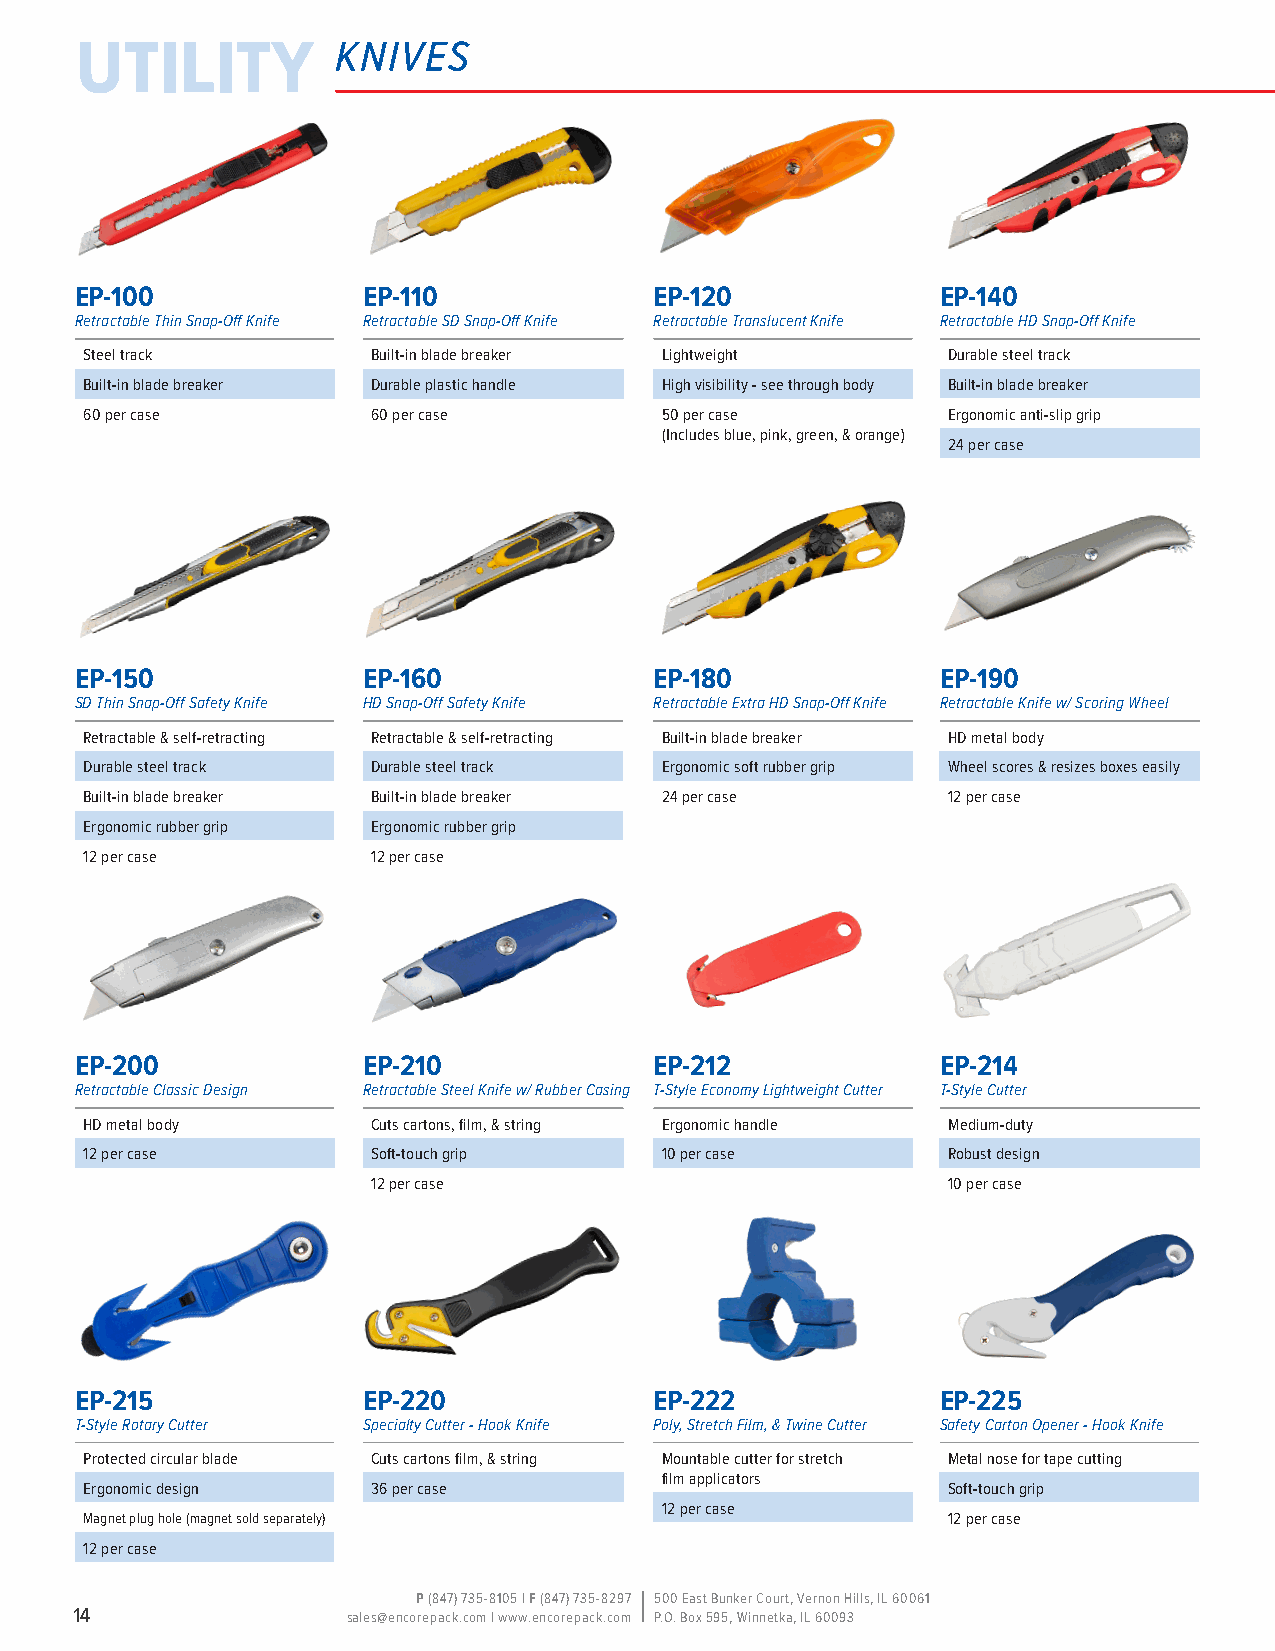
utility          knives
 EP-100             EP-110             EP-120             EP-140
 Retractable Thin Snap-Off Knife Retractable SD Snap-Off Knife Retractable Translucent Knife Retractable HD Snap-Off Knife
 Steel track        Built-in blade breaker Lightweight    Durable steel track
 Built-in blade breaker Durable plastic handle High visibility - see through body Built-in blade breaker
 60 per case        60 per case        50 per case        Ergonomic anti-slip grip
 (Includes blue, pink, green, & orange)
 24 per case
 EP-150             EP-160             EP-180             EP-190
 SD Thin Snap-Off Safety Knife HD Snap-Off Safety Knife Retractable Extra HD Snap-Off Knife Retractable Knife w/ Scoring Wheel
 Retractable & self-retracting Retractable & self-retracting Built-in blade breaker HD metal body
 Durable steel track Durable steel track Ergonomic soft rubber grip Wheel scores & resizes boxes easily
 Built-in blade breaker Built-in blade breaker 24 per case 12 per case
 Ergonomic rubber grip Ergonomic rubber grip
 12 per case        12 per case
 EP-200             EP-210             EP-212             EP-214
 Retractable Classic Design Retractable Steel Knife w/ Rubber Casing T-Style Economy Lightweight Cutter T-Style Cutter
 HD metal body      Cuts cartons, film, & string Ergonomic handle Medium-duty
 12 per case        Soft-touch grip    10 per case        Robust design
 12 per case                           10 per case
 EP-215             EP-220             EP-222             EP-225
 T-Style Rotary Cutter Specialty Cutter - Hook Knife Poly, Stretch Film, & Twine Cutter Safety Carton Opener - Hook Knife
 Protected circular blade Cuts cartons film, & string Mountable cutter for stretch Metal nose for tape cutting
 film applicators
 Ergonomic design   36 per case                           Soft-touch grip
 12 per case
 Magnet plug hole (magnet sold separately)                12 per case
 12 per case
 P (847) 735-8105 | F (847) 735-8297 500 East Bunker Court, Vernon Hills, IL 60061
 14                sales@encorepack.com | www.encorepack.com P.O. Box 595, Winnetka, IL 60093